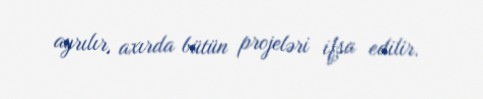
ayrılır, axırda bütün projeləri ifşa edilir.